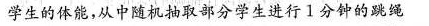
学生的体能，从中随机抽取部分学生进行1分钟的跳绳